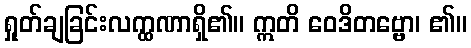
ရှုတ်ချခြင်းလက္ထဏာရှိ၏။ ဣတိ ဝေဒိတဗ္ဗော၊ ၏။